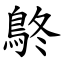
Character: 鴤